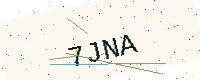
Text: 7JNA